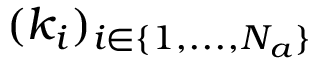
( k _ { i } ) _ { i \in \{ 1 , . . . , N _ { a } \} }